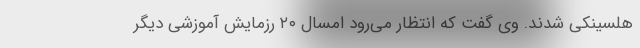
هلسینکی شدند. وی گفت که انتظار می‌رود امسال ۲۰ رزمایش آموزشی دیگر